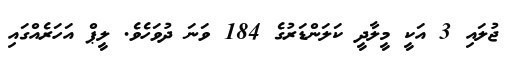
ޖުލައި 3 އަކީ މީލާދީ ކަލަންޑަރުގެ 184 ވަނަ ދުވަހެވެ. ލީޕް އަހަރެއްގައި